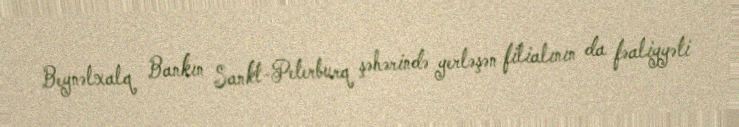
Beynəlxalq Bankın Sankt-Peterburq şəhərində yerləşən filialının da fəaliyyəti